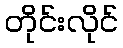
တိုင်းလိုင်